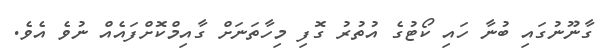
ގާނޫނުގައި ބުނާ ހައި ކޯޓުގެ އުތުރު ގޮފި މިހާތަނަށް ގާއިމްކޮށްފައެއް ނުވެ އެވެ.